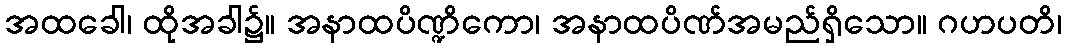
အထခေါ၊ ထိုအခါ၌။ အနာထပိဏ္ဍိကော၊ အနာထပိဏ်အမည်ရှိသော။ ဂဟပတိ၊